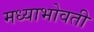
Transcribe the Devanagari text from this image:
मध्याभोवती